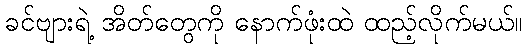
ခင်ဗျားရဲ့ အိတ်တွေကို နောက်ဖုံးထဲ ထည့်လိုက်မယ်။